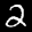
Label: 2